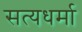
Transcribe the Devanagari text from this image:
सत्यधर्मा